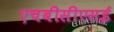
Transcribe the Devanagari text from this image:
एचबीसीएसई